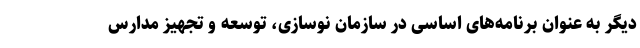
دیگر به عنوان برنامه‌های اساسی در سازمان نوسازی، توسعه و تجهیز مدارس